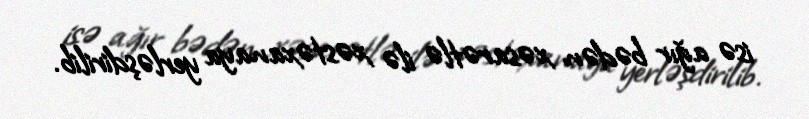
isə ağır bədən xəsarətlə ilə xəstəxanaya yerləşdirilib.